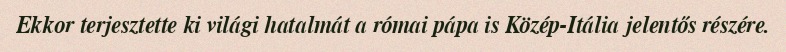
Ekkor terjesztette ki világi hatalmát a római pápa is Közép-Itália jelentős részére.